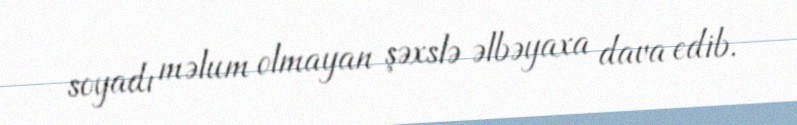
soyadı məlum olmayan şəxslə əlbəyaxa dava edib.